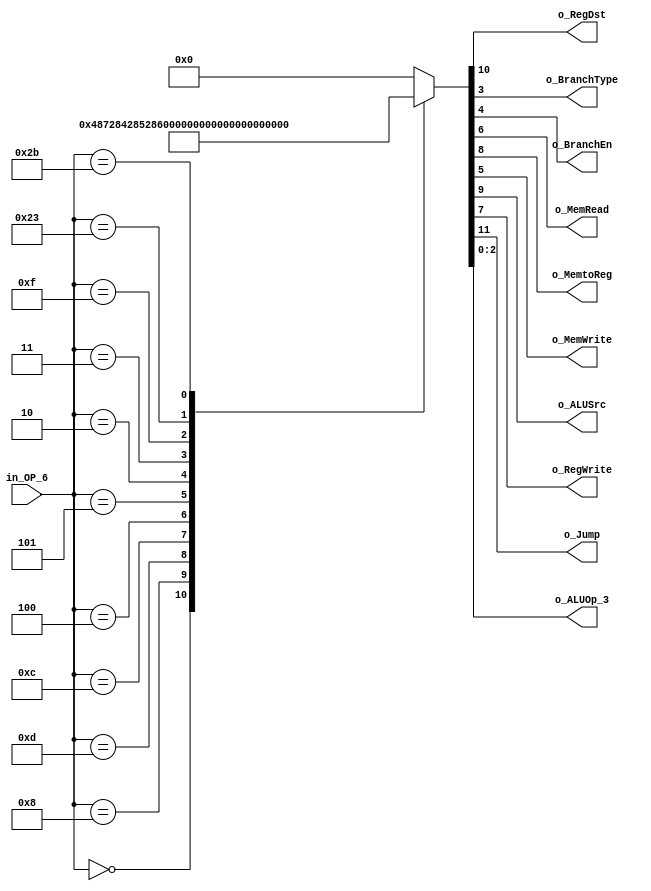
/******************************************************************
* Description
*	This is control unit for the MIPS processor. The control unit is 
*	in charge of generation of the control signals. Its only input 
*	corresponds to opcode from the instruction.
*	1.0
* Author:
*	Mariana Chvez Medina
*	Daro Arias Muoz
* Date:
*	07/04/2020
******************************************************************/
module Control
(
	input [5:0] in_OP_6,
	
	output o_RegDst,

	output o_BranchType, // 1 beq, 0 bne
	output o_BranchEn,
	output o_MemRead,

	output o_MemtoReg,
	output o_MemWrite,

	output o_ALUSrc,
	output o_RegWrite,

	output o_Jump,

	output [2:0] o_ALUOp_3
);
localparam R_Type      = 6'h 00;


localparam I_Type_ADDI = 6'h 08;
localparam I_Type_ORI  = 6'h 0D;
localparam I_Type_ANDI = 6'h 0C;
localparam I_Type_LUI  = 6'h 0F;

localparam I_Type_BEQ  = 6'h 04;
localparam I_Type_BNE  = 6'h 05; 

localparam I_Type_LW   = 6'h 23;
localparam I_Type_SW   = 6'h 2B;

localparam J_Type_J    = 6'h 02;
localparam J_Type_JAL  = 6'h 03;  

reg [11:0] r_ControlValues_12;

always@(in_OP_6) begin
	casex(in_OP_6)
	            //  Jump     RegDst  ALUsrc   MemToReg    RegWrite    MemRead    MemWrite   BranchEn    BranchType   ALUOp
		R_Type     :   r_ControlValues_12 = 12'b 0_1_001_00_00_111;

		I_Type_ADDI:   r_ControlValues_12 = 12'b 0_0_101_00_00_100;
		I_Type_ORI :   r_ControlValues_12 = 12'b 0_0_101_00_00_101;
		I_Type_ANDI:   r_ControlValues_12 = 12'b 0_0_101_00_00_110; 

		I_Type_BEQ :   r_ControlValues_12 = 12'b 0_0_000_00_11_001;
		I_Type_BNE :   r_ControlValues_12 = 12'b 0_0_000_00_10_001;

		J_Type_J   :   r_ControlValues_12 = 12'b 1_0_000_00_00_010;
		J_Type_JAL :   r_ControlValues_12 = 12'b 1_0_001_00_00_010;   // we send two as alu op to force no operation      

		I_Type_LUI :   r_ControlValues_12 = 12'b 0_0_101_00_00_000;
		I_Type_LW  :   r_ControlValues_12 = 12'b 0_0_111_10_00_011;
		I_Type_SW  :   r_ControlValues_12 = 12'b 0_0_100_01_00_011;

		default:
			r_ControlValues_12 = 12'b 000000000000;
		endcase
end	

assign o_Jump       = r_ControlValues_12[11];
assign o_RegDst     = r_ControlValues_12[10];
assign o_ALUSrc     = r_ControlValues_12[9];
assign o_MemtoReg   = r_ControlValues_12[8];
assign o_RegWrite   = r_ControlValues_12[7];
assign o_MemRead    = r_ControlValues_12[6];
assign o_MemWrite   = r_ControlValues_12[5];
assign o_BranchEn   = r_ControlValues_12[4];
assign o_BranchType = r_ControlValues_12[3];
assign o_ALUOp_3    = r_ControlValues_12[2:0];	

endmodule
//control//